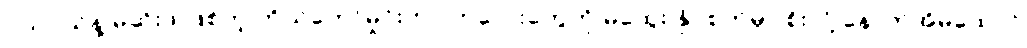
ငယ်ငယ်နဲ့ မုဆိုးဖို ဖြစ်တဲ့ ကိုယ်တော်မှိုင်းဟာ ကလေးတွေကို မိထွေး နှိပ်စက်မှာ စိုးလို့ နောက်အိမ်ထောင်